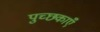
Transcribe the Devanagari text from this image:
पुच्छकाएँ